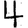
Digit: 4